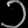
Digit: ၁